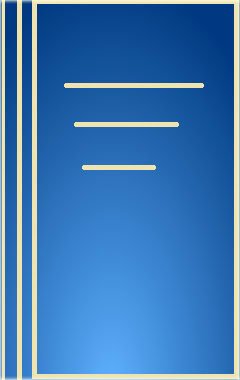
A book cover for The Polychromatic Layering Technique: A Practical Manual for Ceramics and Acrylic Resins; Ludwig A. Rinn; Medical Books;